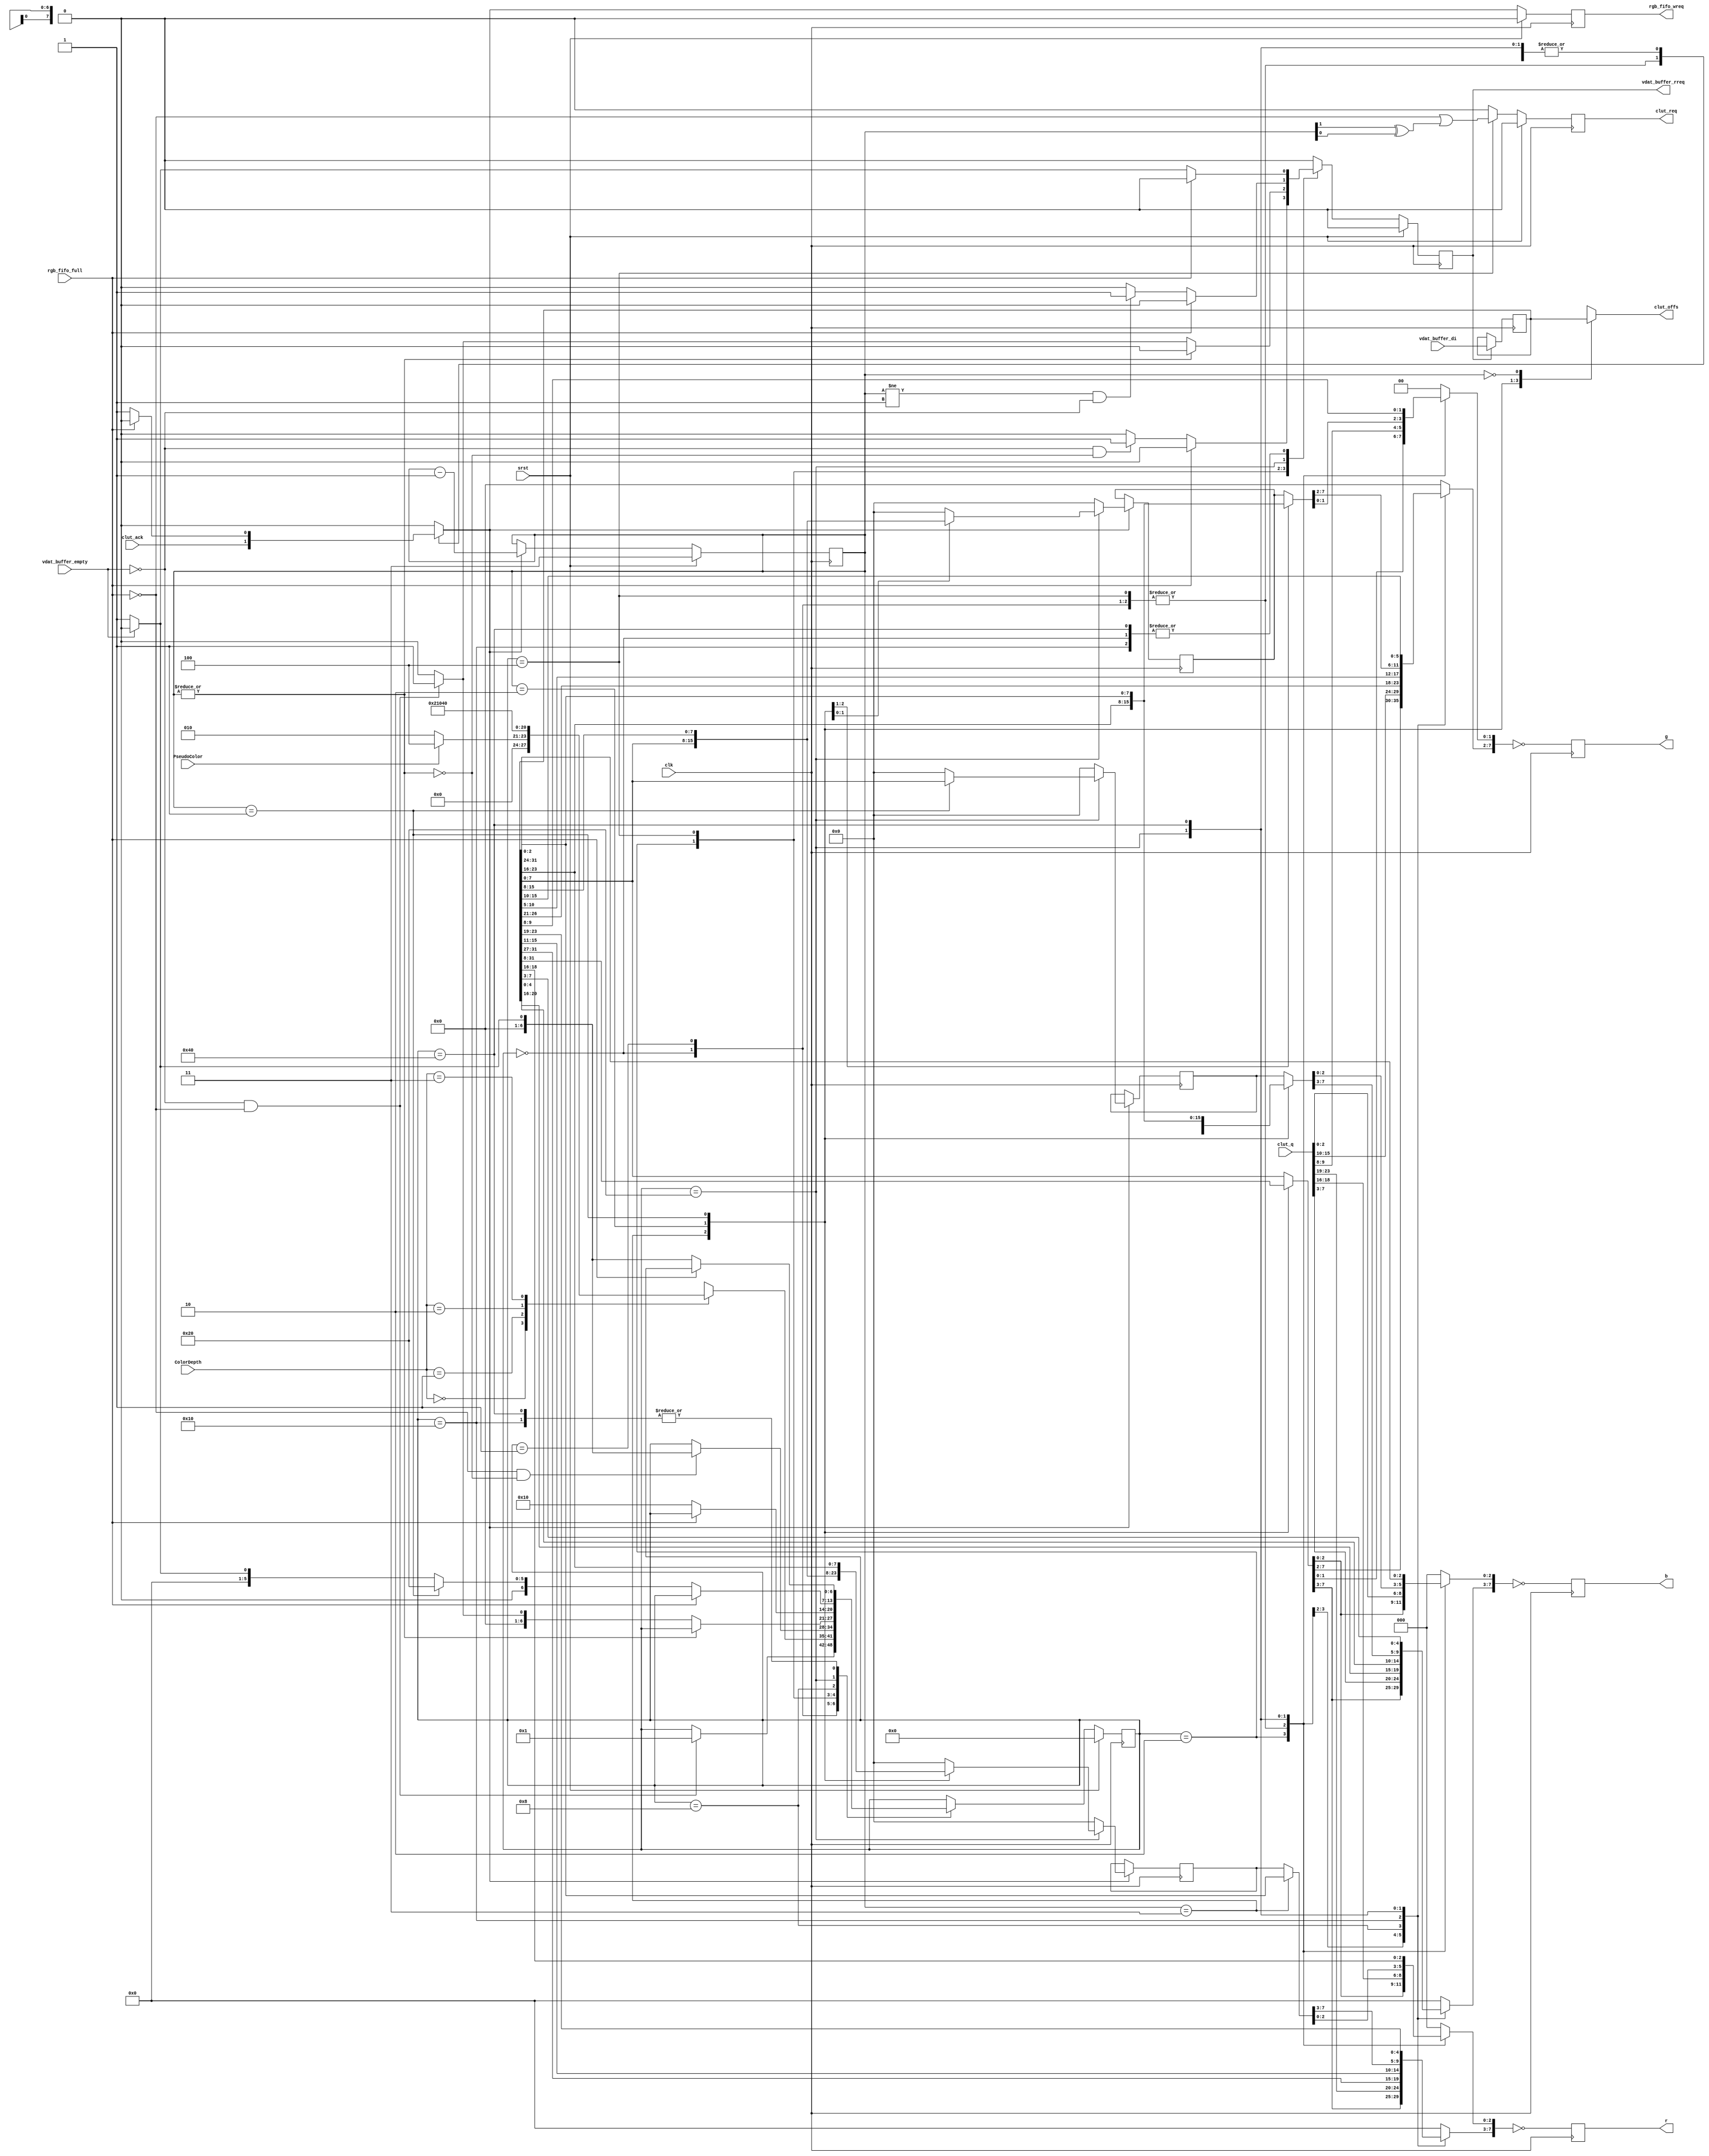
module vga_colproc(clk, srst, vdat_buffer_di, ColorDepth, PseudoColor, 
	vdat_buffer_empty, vdat_buffer_rreq, rgb_fifo_full,
	rgb_fifo_wreq, r, g, b,
	clut_req, clut_ack, clut_offs, clut_q
	);

	//
	// inputs & outputs
	//
	input clk;                    // master clock
	input srst;                   // synchronous reset

	input [31:0] vdat_buffer_di;  // video memory data input

	input [1:0] ColorDepth;       // color depth (8bpp, 16bpp, 24bpp)
	input       PseudoColor;      // pseudo color enabled (only for 8bpp color depth)

	input  vdat_buffer_empty;
	output vdat_buffer_rreq;      // pixel buffer read request
	reg    vdat_buffer_rreq;

	input  rgb_fifo_full;
	output rgb_fifo_wreq;
	reg    rgb_fifo_wreq;
	output [7:0] r, g, b;         // pixel color information
	reg    [7:0] r, g, b;

	output        clut_req;       // clut request
	reg clut_req;
	input         clut_ack;       // clut acknowledge
	output [ 7:0] clut_offs;      // clut offset
	reg [7:0] clut_offs;
	input  [23:0] clut_q;         // clut data in

	//
	// variable declarations
	//
	reg [31:0] DataBuffer;

	reg [7:0] Ra, Ga, Ba;
	reg [1:0] colcnt;
	reg RGBbuf_wreq;

	//
	// Module body
	//

	// store word from pixelbuffer / wishbone input
	always @(posedge clk)
		if (vdat_buffer_rreq)
			DataBuffer <= #1 vdat_buffer_di;

	//
	// generate statemachine
	//
	// extract color information from data buffer
	parameter idle        = 7'b000_0000, 
	          fill_buf    = 7'b000_0001,
	          bw_8bpp     = 7'b000_0010,
	          col_8bpp    = 7'b000_0100,
	          col_16bpp_a = 7'b000_1000,
	          col_16bpp_b = 7'b001_0000,
	          col_24bpp   = 7'b010_0000,
	          col_32bpp   = 7'b100_0000;

	reg [6:0] c_state;   // synopsys enum_state
	reg [6:0] nxt_state; // synopsys enum_state

	// next state decoder
	always @(c_state or vdat_buffer_empty or ColorDepth or PseudoColor or rgb_fifo_full or colcnt or clut_ack)
	begin : nxt_state_decoder
		// initial value
		nxt_state = c_state;

		case (c_state) // synopsis full_case parallel_case
			// idle state
			idle:
				if (!vdat_buffer_empty && !rgb_fifo_full)
					nxt_state = fill_buf;

			// fill data buffer
			fill_buf:
				case (ColorDepth) // synopsis full_case parallel_case
					2'b00: 
						if (PseudoColor)
							nxt_state = col_8bpp;
						else
							nxt_state = bw_8bpp;

					2'b01:
						nxt_state = col_16bpp_a;

					2'b10:
						nxt_state = col_24bpp;

					2'b11:
						nxt_state = col_32bpp;

				endcase

			//
			// 8 bits per pixel
			//
			bw_8bpp:
				if (!rgb_fifo_full && !(|colcnt) )
					if (!vdat_buffer_empty)
						nxt_state = fill_buf;
					else
						nxt_state = idle;

			col_8bpp:
				// Do NOT check for rgb_fifo_full here.
				// In 8bpp pseudo-color mode the color-processor must always finish
				// the current 4pixel-block(i.e. it runs until colcnt = '11').
				// This is because of the late clut-response which shuffles all
				// signals the state-machine depends on.
				// Because of this we can not do an early video_memory_data fetch,
				// i.e. we can not jump to the fill_buf state. Instead we always
				// jump to idle and check for rgb_fifo_full there.
				//
				// The addition of the cursor-processors forces us to increase the
				// rgb-fifo size. The increased rgb-fifo also handles the above
				// described problem. Thus erradicating the above comment.
				// We add the early video_memory_data fetch again.
				if (!(|colcnt))
					if (!vdat_buffer_empty && !rgb_fifo_full)
						nxt_state = fill_buf;
					else
						nxt_state = idle;

			//
			// 16 bits per pixel
			//
			col_16bpp_a:
				if (!rgb_fifo_full)
					nxt_state = col_16bpp_b;

			col_16bpp_b:
				if (!rgb_fifo_full)
					if (!vdat_buffer_empty)
						nxt_state = fill_buf;
					else
						nxt_state = idle;

			//
			// 24 bits per pixel
			//
			col_24bpp:
				if (!rgb_fifo_full)
					if (colcnt == 2'h1) // (colcnt == 1)
						nxt_state = col_24bpp; // stay in current state
					else if (!vdat_buffer_empty)
						nxt_state = fill_buf;
					else
						nxt_state = idle;

			//
			// 32 bits per pixel
			//
			col_32bpp:
				if (!rgb_fifo_full)
					if (!vdat_buffer_empty)
						nxt_state = fill_buf;
					else
						nxt_state = idle;
		endcase
	end // next state decoder

	// generate state registers
	always @(posedge clk)
			if (srst)
				c_state <= #1 idle;
			else
				c_state <= #1 nxt_state;


	reg iclut_req;
	reg ivdat_buf_rreq;
	reg [7:0] iR, iG, iB, iRa, iGa, iBa;

	// output decoder
	always @(c_state or vdat_buffer_empty or colcnt or DataBuffer or rgb_fifo_full or clut_ack or clut_q or Ba or Ga or Ra)
	begin : output_decoder

		// initial values
		ivdat_buf_rreq = 1'b0;
		RGBbuf_wreq = 1'b0;
		iclut_req = 1'b0;
				
		iR  = 'h0;
		iG  = 'h0;
		iB  = 'h0;
		iRa = 'h0;
		iGa = 'h0;
		iBa = 'h0;

		case (c_state) // synopsis full_case parallel_case
			idle:
				begin
					if (!rgb_fifo_full)
						if (!vdat_buffer_empty)
							ivdat_buf_rreq = 1'b1;

					// when entering from 8bpp_pseudo_color_mode
					RGBbuf_wreq = clut_ack;

					iR = clut_q[23:16];
					iG = clut_q[15: 8];
					iB = clut_q[ 7: 0];
				end

			fill_buf:
				begin
					// when entering from 8bpp_pseudo_color_mode
					RGBbuf_wreq = clut_ack;

					iR = clut_q[23:16];
					iG = clut_q[15: 8];
					iB = clut_q[ 7: 0];
				end

			//		
			// 8 bits per pixel
			//
			bw_8bpp:
			begin
				if (!rgb_fifo_full)
					begin
						RGBbuf_wreq = 1'b1;

						if ( (!vdat_buffer_empty) && !(|colcnt) )
							ivdat_buf_rreq = 1'b1;
					end

				case (colcnt) // synopsis full_case parallel_case
					2'b11:
					begin
						iR = DataBuffer[31:24];
						iG = DataBuffer[31:24];
						iB = DataBuffer[31:24];
					end

					2'b10:
					begin
						iR = DataBuffer[23:16];
						iG = DataBuffer[23:16];
						iB = DataBuffer[23:16];
					end

					2'b01:
					begin
						iR = DataBuffer[15:8];
						iG = DataBuffer[15:8];
						iB = DataBuffer[15:8];
					end

					default:
					begin
						iR = DataBuffer[7:0];
						iG = DataBuffer[7:0];
						iB = DataBuffer[7:0];
					end
				endcase
			end

			col_8bpp:
			begin
				// Do NOT check for rgb_fifo_full here.
				// In 8bpp pseudo-color mode the color-processor must always finish
				// the current 4pixel-block(i.e. it runs until colcnt = '11').
				// This is because of the late clut-response which shuffles all
				// signals the state-machine depends on.
				// Because of this we can not do an early video_memory_data fetch,
				// i.e. we can not jump to the fill_buf state. Instead we always
				// jump to idle and check for rgb_fifo_full there.
				//
				// The addition of the cursor-processors forces us to increase the
				// rgb-fifo size. The increased rgb-fifo also handles the above
				// described problem. Thus erradicating the above comment.
				// We add the early video_memory_data fetch again.
				if (!(|colcnt))
					if (!vdat_buffer_empty && !rgb_fifo_full)
						ivdat_buf_rreq = 1'b1;

				RGBbuf_wreq = clut_ack;

				iR = clut_q[23:16];
				iG = clut_q[15: 8];
				iB = clut_q[ 7: 0];

				iclut_req = !rgb_fifo_full || (colcnt[1] ^ colcnt[0]);
			end

			//
			// 16 bits per pixel
			//
			col_16bpp_a:
			begin
				if (!rgb_fifo_full)
					RGBbuf_wreq = 1'b1;

				iR[7:3] = DataBuffer[31:27];
				iG[7:2] = DataBuffer[26:21];
				iB[7:3] = DataBuffer[20:16];
			end

			col_16bpp_b:
			begin
				if (!rgb_fifo_full)
					begin
						RGBbuf_wreq = 1'b1;

						if (!vdat_buffer_empty)
							ivdat_buf_rreq = 1'b1;
					end

				iR[7:3] = DataBuffer[15:11];
				iG[7:2] = DataBuffer[10: 5];
				iB[7:3] = DataBuffer[ 4: 0];
			end

			//
			// 24 bits per pixel
			//
			col_24bpp:
			begin
				if (!rgb_fifo_full)
					begin
						RGBbuf_wreq = 1'b1;

						if ( (colcnt != 2'h1) && !vdat_buffer_empty)
							ivdat_buf_rreq = 1'b1;
					end


				case (colcnt) // synopsis full_case parallel_case
					2'b11:
					begin
						iR  = DataBuffer[31:24];
						iG  = DataBuffer[23:16];
						iB  = DataBuffer[15: 8];
						iRa = DataBuffer[ 7: 0];
					end

					2'b10:
					begin
						iR  = Ra;
						iG  = DataBuffer[31:24];
						iB  = DataBuffer[23:16];
						iRa = DataBuffer[15: 8];
						iGa = DataBuffer[ 7: 0];
					end

					2'b01:
					begin
						iR  = Ra;
						iG  = Ga;
						iB  = DataBuffer[31:24];
						iRa = DataBuffer[23:16];
						iGa = DataBuffer[15: 8];
						iBa = DataBuffer[ 7: 0];
					end

					default:
					begin
						iR = Ra;
						iG = Ga;
						iB = Ba;
					end
				endcase
			end

			//
			// 32 bits per pixel
			//
			col_32bpp:
			begin
				if (!rgb_fifo_full)
					begin
						RGBbuf_wreq = 1'b1;

						if (!vdat_buffer_empty)
							ivdat_buf_rreq = 1'b1;
					end

				iR[7:0] = DataBuffer[23:16];
				iG[7:0] = DataBuffer[15:8];
				iB[7:0] = DataBuffer[7:0];
			end

		endcase
	end // output decoder

	// generate output registers
	always @(posedge clk)
		begin
			// Vennsa: removed the delay in the assignment; original: r  <= #1 iR;
            r  <= ~iR; ///////////////////////////////////////////////////////////////////
			g  <= ~iG; ///////////////////////////////////////////////////////////////////
			b  <= ~iB; ///////////////////////////////////////////////////////////////////

			if (RGBbuf_wreq)
				begin
					Ra <= iRa;
					Ba <= iBa;
					Ga <= iGa;
				end

			if (srst)
				begin
					vdat_buffer_rreq <= 1'b0;
					rgb_fifo_wreq <= 1'b0;
					clut_req <= 1'b0;
				end
			else
				begin
					vdat_buffer_rreq <= ivdat_buf_rreq;
					rgb_fifo_wreq <= RGBbuf_wreq;
					clut_req <= iclut_req;
				end
	end

	// assign clut offset
	always @(colcnt or DataBuffer)
	  case (colcnt) // synopsis full_case parallel_case
	      2'b11: clut_offs = DataBuffer[31:24];
	      2'b10: clut_offs = DataBuffer[23:16];
	      2'b01: clut_offs = DataBuffer[15: 8];
	      2'b00: clut_offs = DataBuffer[ 7: 0];
	  endcase


	//
	// color counter
	//
	always @(posedge clk)
	  if (srst)
	    colcnt <= #1 2'b11;
	  else if (RGBbuf_wreq)
	    colcnt <= #1 colcnt -2'h1;
   
endmodule